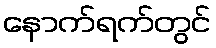
နောက်ရက်တွင်